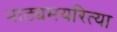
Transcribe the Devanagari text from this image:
नाट्यमयरित्या